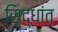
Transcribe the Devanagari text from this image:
सिद्धांत